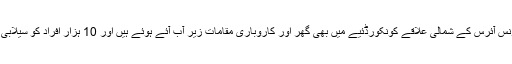
ارجنٹائن کے دارالحکومت بیونس آئرس کے شمالی علاقے کونکورڈئیے میں بھی گھر اور کاروباری مقامات زیر آب آئے ہوئے ہیں اور 10 ہزار افراد کو سیلابی مقامات سے نکال لیا گیا ہے۔